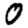
Digit: 0